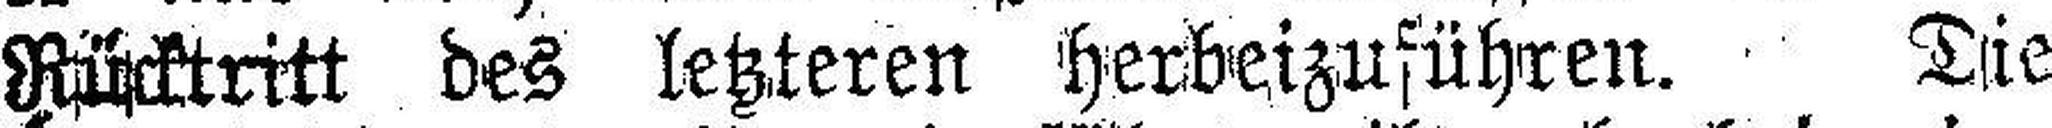
Rücktritt des letzteren herbeizuführen. Die